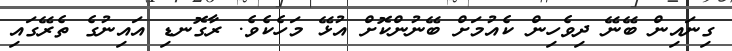
ގިނައިން ބޭނޭ ދިވެހިން ކެއުމަށް ބޭނުންކޮށް އުޅޭ މަހެކެވެ. ރާގޮނޑި އައިނުގެ ތެރޭގައި